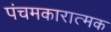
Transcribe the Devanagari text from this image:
पंचमकारात्मक